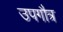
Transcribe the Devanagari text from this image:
उपगौत्र